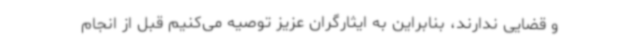
و قضایی ندارند، بنابراین به ایثارگران عزیز توصیه می‌کنیم قبل از انجام